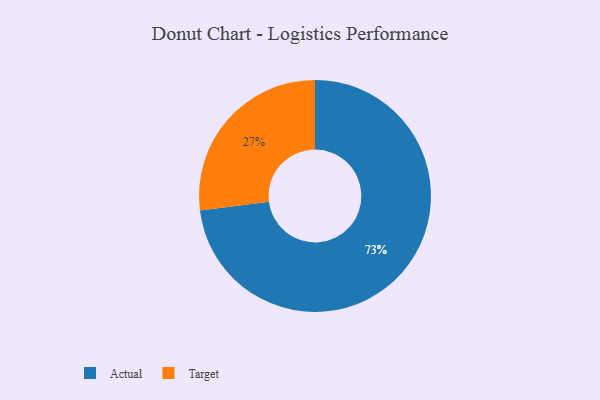
{"axis": {"x": "Category", "y": "Percentage"}, "legend": ["Actual", "Target"], "data": [{"x": "Actual", "y": 73, "type": "Actual"}, {"x": "Target", "y": 27, "type": "Target"}]}